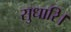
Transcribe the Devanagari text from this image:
सुधारि।